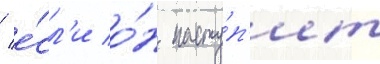
/ е́сл'и о́н насту́п'ит